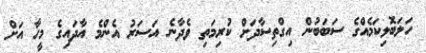
ހަލަބޮލިކަމެއްގެ ސަބަބުން އިގްތިސާދަށް ކުރިމަތި ވެދާނެ އަސަރު އެންމެ އާދައިގެ މީހާ އަށް